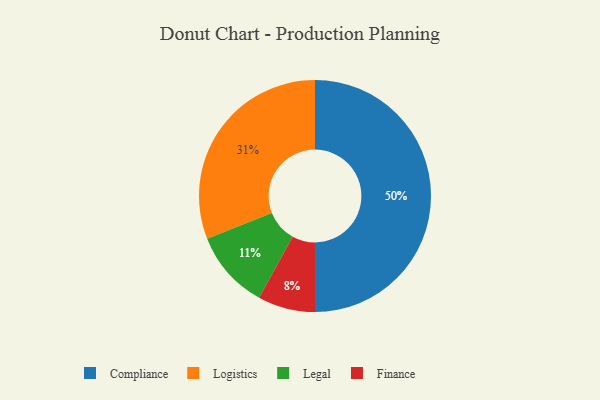
{"axis": {"x": "Category", "y": "Percentage"}, "legend": ["Compliance", "Finance", "Legal", "Logistics"], "data": [{"x": "Finance", "y": 8, "type": "Finance"}, {"x": "Compliance", "y": 50, "type": "Compliance"}, {"x": "Logistics", "y": 31, "type": "Logistics"}, {"x": "Legal", "y": 11, "type": "Legal"}]}